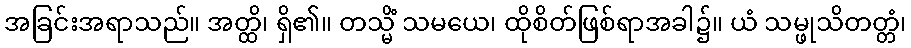
အခြင်းအရာသည်။ အတ္ထိ၊ ရှိ၏။ တသ္မိံ သမယေ၊ ထိုစိတ်ဖြစ်ရာအခါ၌။ ယံ သမ္ဖုသိတတ္တံ၊